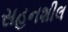
સહનશીલ